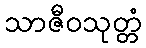
သာဇီဝသုတ္တံ